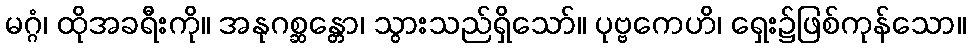
မဂ္ဂံ၊ ထိုအခရီးကို။ အနုဂစ္ဆန္တော၊ သွားသည်ရှိသော်။ ပုဗ္ဗကေဟိ၊ ရှေး၌ဖြစ်ကုန်သော။